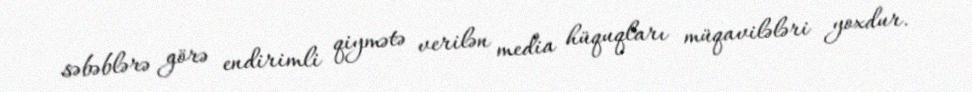
səbəblərə görə endirimli qiymətə verilən media hüquqları müqavilələri yoxdur.